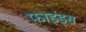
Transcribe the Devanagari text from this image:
फाइंड्स